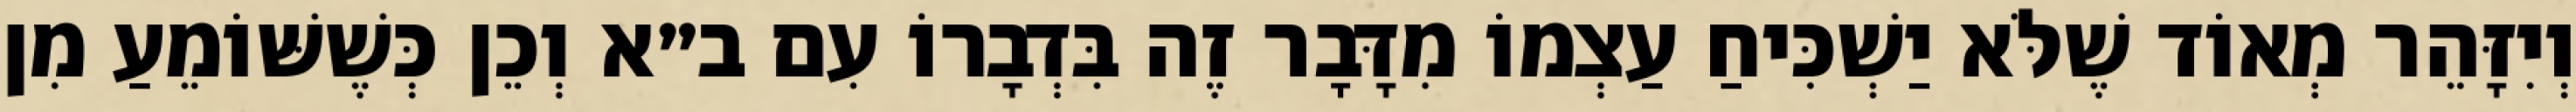
וְיִזָּהֵר מְאוֹד שֶׁלֹּא יַשְׁכִּיחַ עַצְמוֹ מִדָּבָר זֶה בִּדְבָרוֹ עִם ב״א וְכֵן כְּשֶׁשּׁוֹמֵעַ מִן